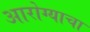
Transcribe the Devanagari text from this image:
आरोग्याचा